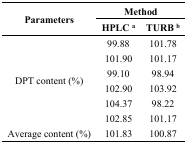
| <ROWSPAN=2> Parameters | <COLSPAN=2> Method |
 | HPLC a | TURB b |
 | --- | --- | --- |
 | <ROWSPAN=6> DPT content (%) | 99.88 | 101.78 |
 | 101.90 | 101.17 |
 | 99.10 | 98.94 |
 | 102.90 | 103.92 |
 | 104.37 | 98.22 |
 | 102.85 | 101.17 |
 | Average content (%) | 101.83 | 100.87 |